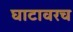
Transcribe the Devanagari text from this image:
घाटावरच